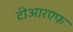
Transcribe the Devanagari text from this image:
टीआरएफ